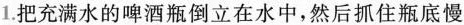
1. 把充满水的啤酒瓶倒立在水中，然后抓住瓶底慢